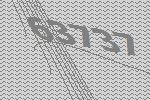
63737